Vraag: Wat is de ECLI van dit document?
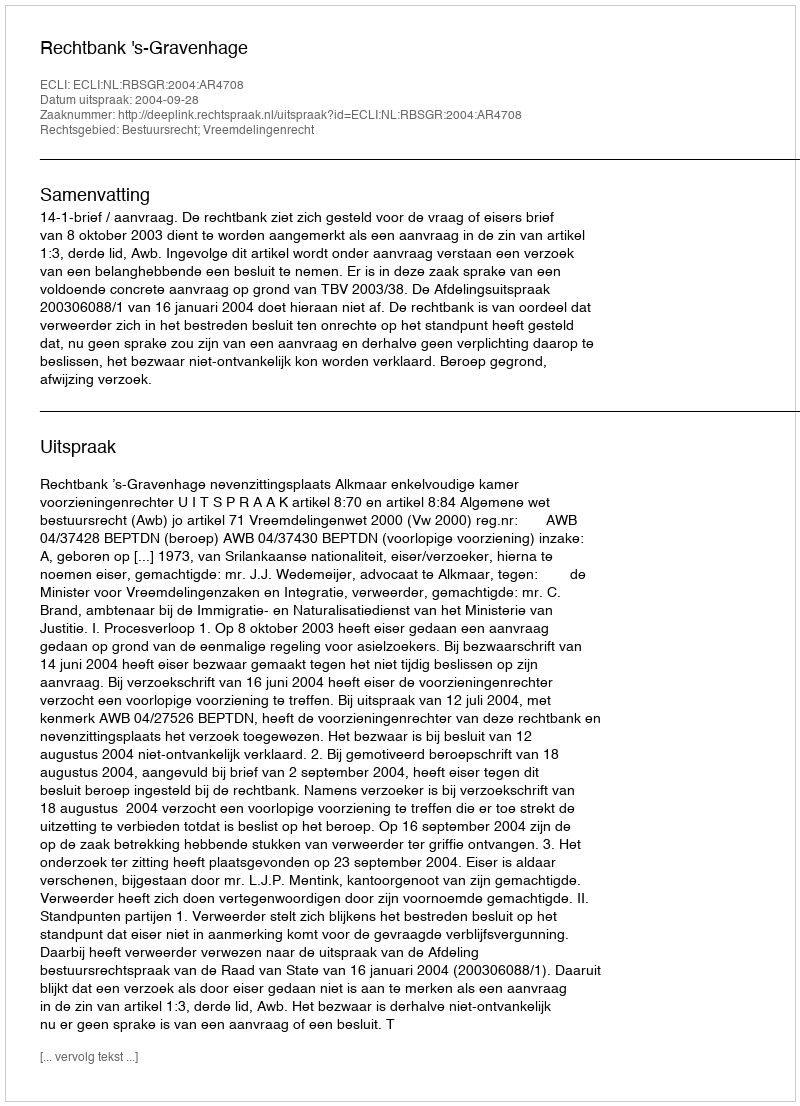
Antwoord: ECLI:NL:RBSGR:2004:AR4708